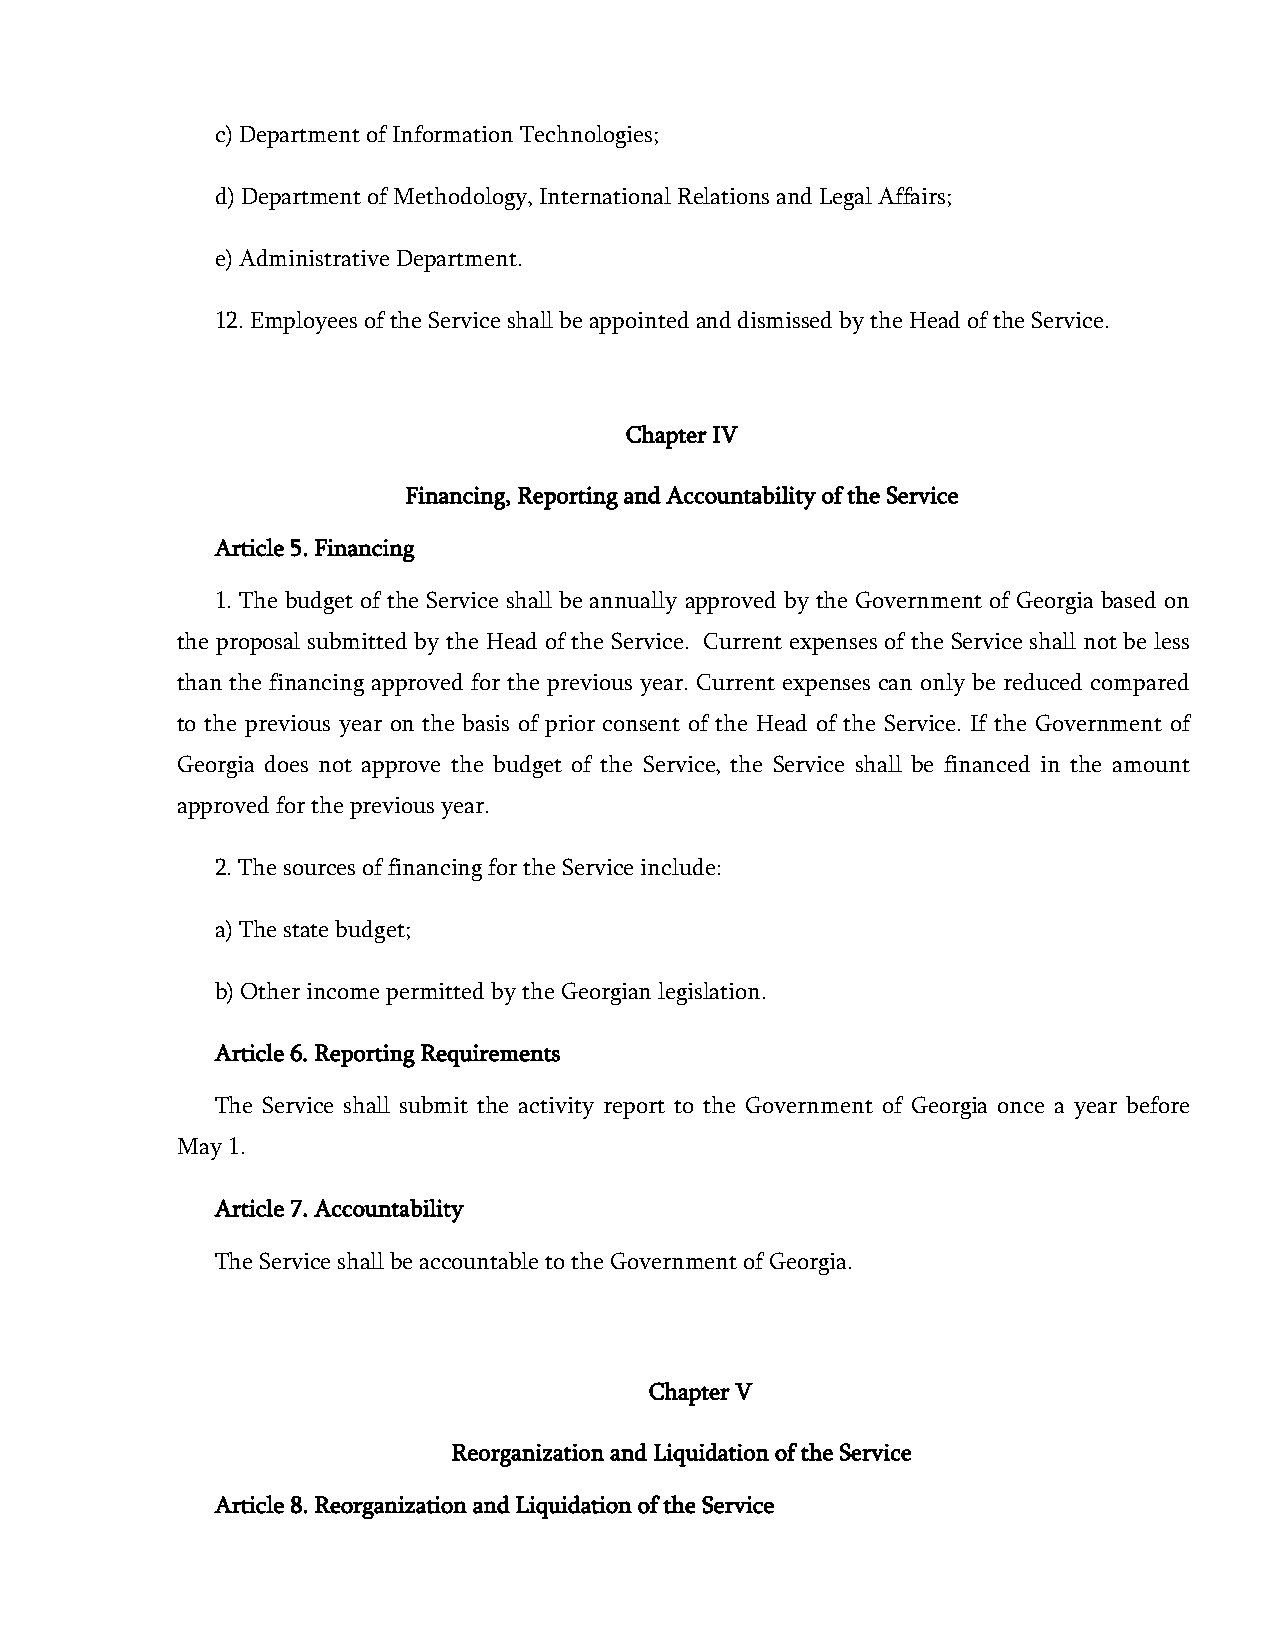
c) Department of Information Technologies;
 d) Department of Methodology, International Relations and Legal Affairs;
 e) Administrative Department.
 12. Employees of the Service shall be appointed and dismissed by the Head of the Service.
 Chapter IV
 Financing, Reporting and Accountability of the Service
 Article 5. Financing
 1. The budget of the Service shall be annually approved by the Government of Georgia based on
 the proposal submitted by the Head of the Service. Current expenses of the Service shall not be less
 than the financing approved for the previous year. Current expenses can only be reduced compared
 to the previous year on the basis of prior consent of the Head of the Service. If the Government of
 Georgia does not approve the budget of the Service, the Service shall be financed in the amount
 approved for the previous year.
 2. The sources of financing for the Service include:
 a) The state budget;
 b) Other income permitted by the Georgian legislation.
 Article 6. Reporting Requirements
 The Service shall submit the activity report to the Government of Georgia once a year before
 May 1.
 Article 7. Accountability
 The Service shall be accountable to the Government of Georgia.
 Chapter V
 Reorganization and Liquidation of the Service
 Article 8. Reorganization and Liquidation of the Service